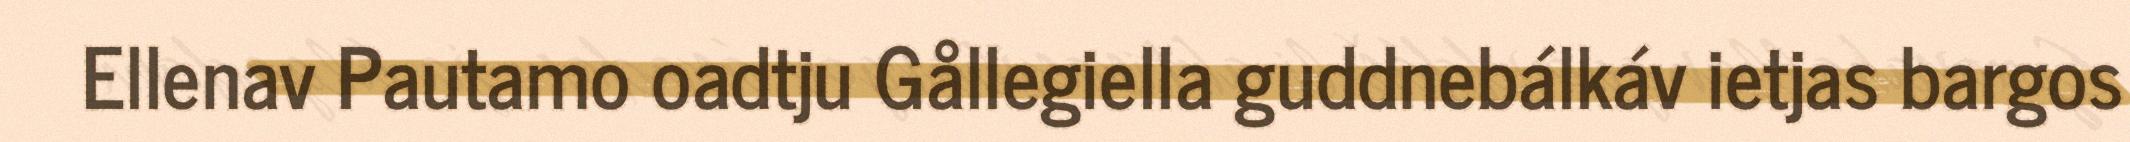
Ellenav Pautamo oadtju Gållegiella guddnebálkáv ietjas bargos